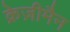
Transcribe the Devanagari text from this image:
क्रेज़ीमैन